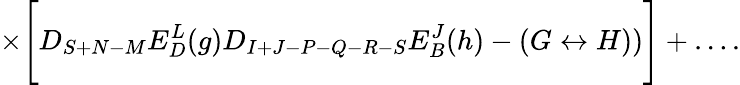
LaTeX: \times\Biggl[D_{S+N-M}E_{D}^{L}(g)D_{I+J-P-Q-R-S}E_{B}^{J}(h)-(G\leftrightarrow H))\Biggr]+\ldots.